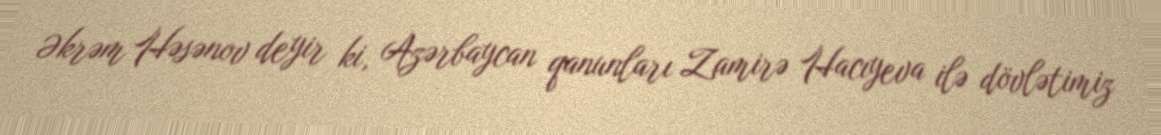
Əkrəm Həsənov deyir ki, Azərbaycan qanunları Zamirə Hacıyeva ilə dövlətimiz